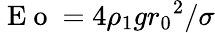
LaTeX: \mathrm{~E~o~}=4\rho_{1}g{r_{0}}^{2}/\sigma